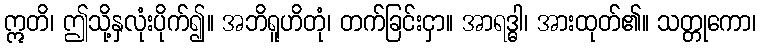
ဣတိ၊ ဤသို့နှလုံးပိုက်၍။ အဘိရူဟိတုံ၊ တက်ခြင်းငှာ။ အာရဒ္ဓါ၊ အားထုတ်၏။ သတ္တုကော၊